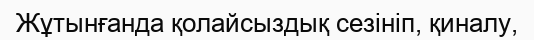
Жұтынғанда қолайсыздық сезініп, қиналу,